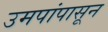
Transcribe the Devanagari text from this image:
उमपांपासून